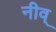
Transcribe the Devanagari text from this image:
नीव्